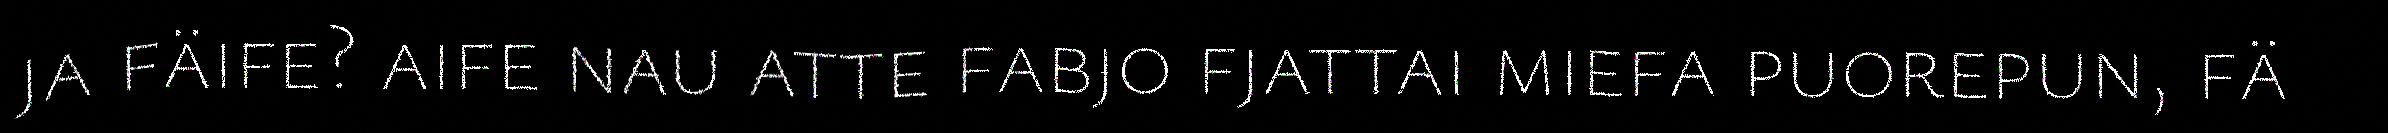
ja fäife? aife nau atte fabjo fjattai miefa puorepun, fä